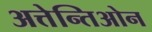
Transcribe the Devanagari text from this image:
अत्तेन्तिओन